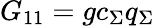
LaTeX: G_{11}=gc_{\Sigma}q_{\Sigma}